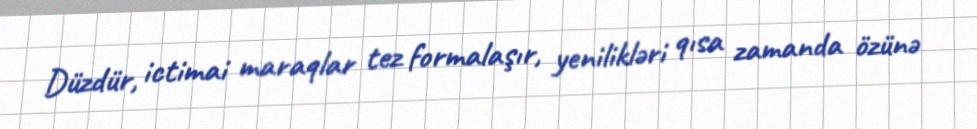
Düzdür, ictimai maraqlar tez formalaşır, yenilikləri qısa zamanda özünə